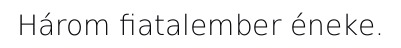
Három fiatalember éneke.